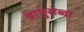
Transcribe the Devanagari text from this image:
वायुसेब्वा